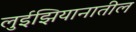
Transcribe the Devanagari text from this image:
लुईझियानातील